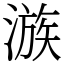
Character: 㵀